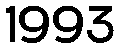
1993